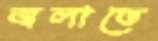
জ্বলাতে